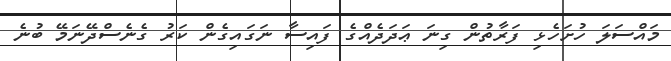
މައްސަލަ ހުށަހެޅި ފަރާތުން ގިނަ ޢަދަދެއްގެ ފައިސާ ނަގައިގެން ކަރު ގެނެސްދޭނަމޭ ބުނެ